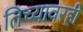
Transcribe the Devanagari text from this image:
तिच्यावरही